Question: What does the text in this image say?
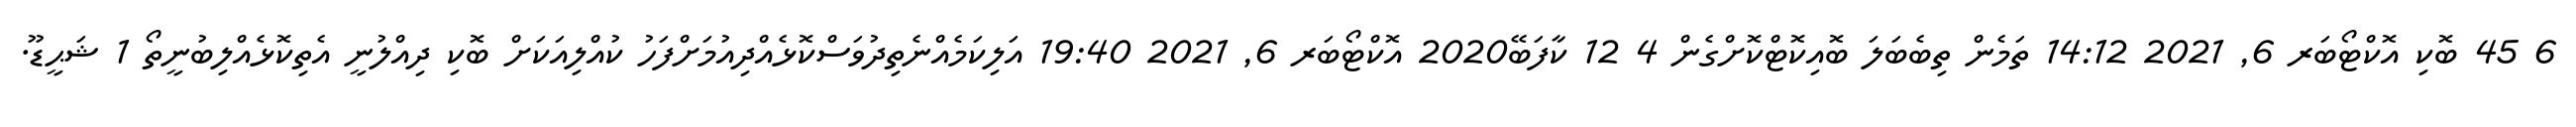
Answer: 6 45 ބޮކި އޮކްޓޯބަރ 6, 2021 14:12 ތަމެން ތިބެބަލަ ބޮއިކޮޓްކޮށްގެން 4 12 ކާފަބޭ2020 އޮކްޓޯބަރ 6, 2021 19:40 އަލިކަމެއްނެތިދުވަސްކޮޅެއްދިއުމަށްފަހު ކުއްލިއަކަށް ބޮކި ދިއްލުނީ އެތިކޮޅެއްލިބުނީތޯ 1 ޝަޙީޑޫ.